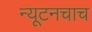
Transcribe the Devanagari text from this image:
न्यूटनचाच